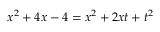
x ^ { 2 } + 4 x - 4 = x ^ { 2 } + 2 x t + t ^ { 2 }